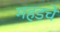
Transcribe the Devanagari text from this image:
महडचे